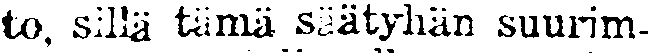
to, sillä tämä säätyhän suurim-